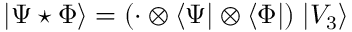
| \Psi \star \Phi \rangle = ( \cdot \otimes \langle \Psi | \otimes \langle \Phi | ) \; | V _ { 3 } \rangle